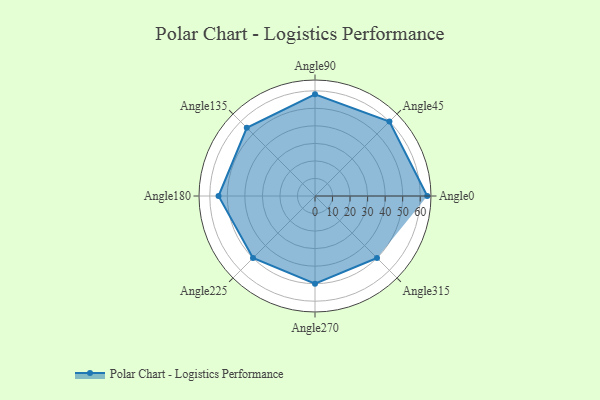
{"axis": {"x": "Angle", "y": "Radius"}, "legend": [""], "data": [{"x": "Angle0", "y": 64.0, "type": ""}, {"x": "Angle45", "y": 60.0, "type": ""}, {"x": "Angle90", "y": 58.0, "type": ""}, {"x": "Angle135", "y": 55.0, "type": ""}, {"x": "Angle180", "y": 55.0, "type": ""}, {"x": "Angle225", "y": 50, "type": ""}, {"x": "Angle270", "y": 50, "type": ""}, {"x": "Angle315", "y": 50, "type": ""}]}